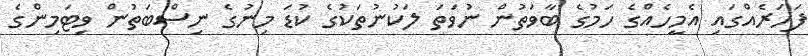
ފަހަރެއްގައި އެމީހެއްގެ ހަމުގެ ބާވަތުން ނުވަތަ ލަކުނުތަކުގެ ކުޑަ މިނުގެ ނިސްބަތުން ވިޓަމިންގެ